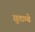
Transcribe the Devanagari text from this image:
सुताम्बे